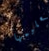
تعليمها